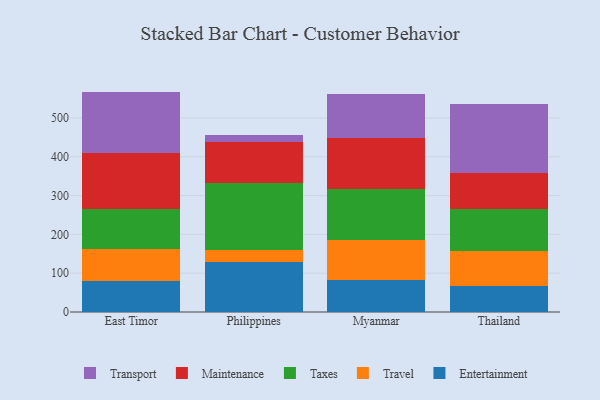
{"axis": {"x": "Country", "y": "Tickets Resolved"}, "legend": ["Entertainment", "Maintenance", "Taxes", "Transport", "Travel"], "data": [{"x": "East Timor", "y": 80.1, "type": "Entertainment"}, {"x": "East Timor", "y": 83.2, "type": "Travel"}, {"x": "East Timor", "y": 103.3, "type": "Taxes"}, {"x": "East Timor", "y": 142.8, "type": "Maintenance"}, {"x": "East Timor", "y": 158.6, "type": "Transport"}, {"x": "Philippines", "y": 128.7, "type": "Entertainment"}, {"x": "Philippines", "y": 31.5, "type": "Travel"}, {"x": "Philippines", "y": 171.6, "type": "Taxes"}, {"x": "Philippines", "y": 106.0, "type": "Maintenance"}, {"x": "Philippines", "y": 17.6, "type": "Transport"}, {"x": "Myanmar", "y": 82.7, "type": "Entertainment"}, {"x": "Myanmar", "y": 102.6, "type": "Travel"}, {"x": "Myanmar", "y": 130.7, "type": "Taxes"}, {"x": "Myanmar", "y": 132.3, "type": "Maintenance"}, {"x": "Myanmar", "y": 112.6, "type": "Transport"}, {"x": "Thailand", "y": 68.1, "type": "Entertainment"}, {"x": "Thailand", "y": 87.9, "type": "Travel"}, {"x": "Thailand", "y": 108.7, "type": "Taxes"}, {"x": "Thailand", "y": 94.6, "type": "Maintenance"}, {"x": "Thailand", "y": 177.9, "type": "Transport"}]}